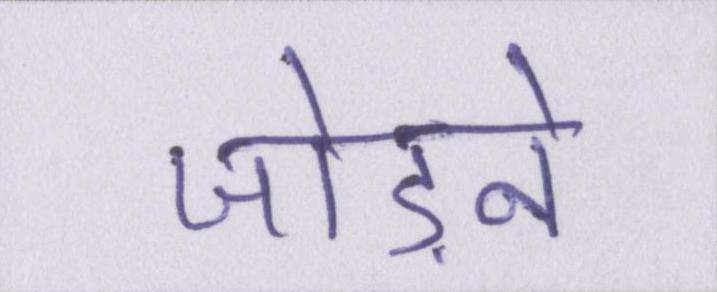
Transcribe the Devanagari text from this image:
जोड़ने